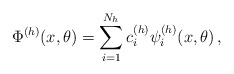
\begin{align*} \Phi^{(h)} (x,\theta)=\sum_{i =1}^{N_h} c_i^{(h)} \psi_i^{(h)} (x,\theta) \,,\end{align*}